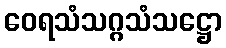
ဝေရသံသဂ္ဂသံသဋ္ဌော